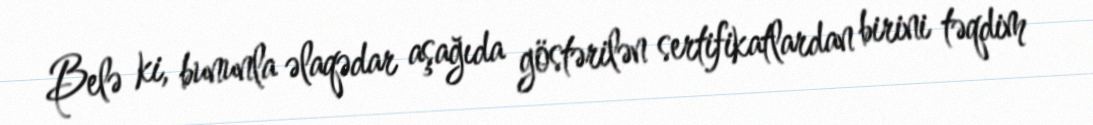
Belə ki, bununla əlaqədar aşağıda göstərilən sertifikatlardan birini təqdim